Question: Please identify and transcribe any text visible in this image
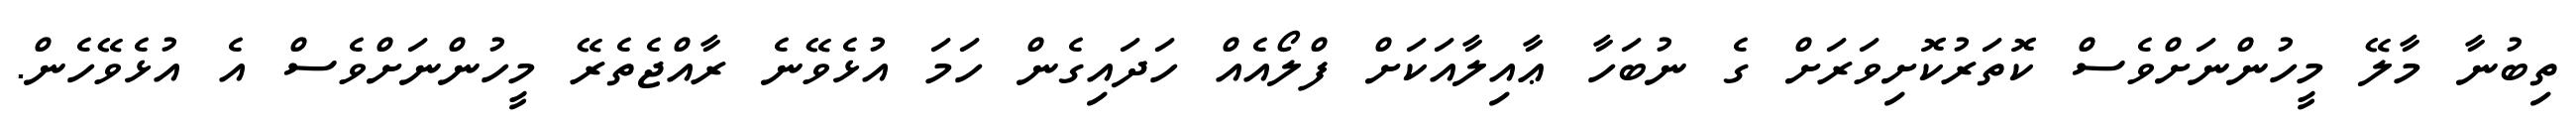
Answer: ތިބުނާ މާލޭ މީހުންނަށްވެސް ކޮތަރުކޮށިވަރަށް ގެ ނުބަހާ ޢާއިލާއަކަށް ފްލޯއެއް ހަދައިގެން ހަމަ އުޅެވޭނެ ރާއްޖެތެރޭ މީހުންނަށްވެސް އެ އުޅެވޭހެން.